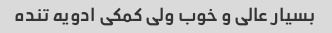
بسیار عالی و خوب ولی کمکی ادویه تنده